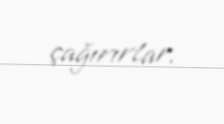
çağırırlar.